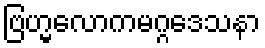
ဗြဟ္မလောကမဂ္ဂဒေသနာ